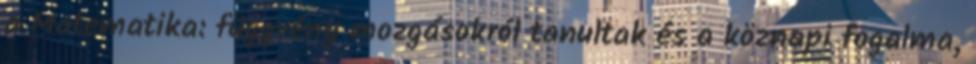
a Matematika: függvény mozgásokról tanultak és a köznapi fogalma,